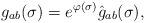
LaTeX: \begin{align*}g_{ab}(\sigma) = e^{\varphi(\sigma)} \hat g_{ab}(\sigma),\end{align*}